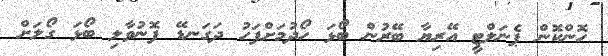
ހޮންކޮން ޕެނަލްޓީ އޭރިޔާ ބޭރުން ބޯޅަ ހޯދުމަށްފަހު ދަގަނޑޭ ފޮނުވާލި ބޯޅަ ގޯލަށް